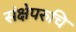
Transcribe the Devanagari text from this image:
संक्षेपरुचि